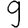
Digit: 9